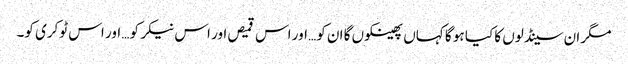
مگر ان سینڈلوں کا کیا ہو گا کہاں پھینکوں گا ان کو… اور اس قمیص اور اس نیکر کو… اور اس ٹوکری کو۔